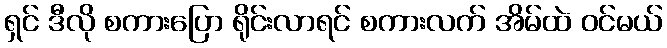
ရှင် ဒီလို စကားပြော ရိုင်းလာရင် စကားလက် အိမ်ထဲ ဝင်မယ်